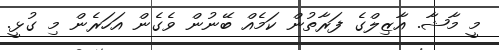
މީ މާޝާ. އާޒިލްގެ ފަރާތުން ކަމެއް ބޭނުން ވެގެން އަހަރެން މި ގުޅީ.